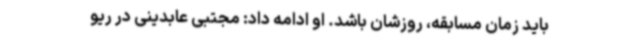
باید زمان مسابقه، روزشان باشد. او ادامه داد: مجتبی عابدینی در ریو